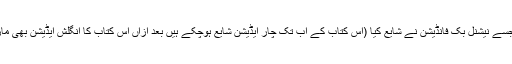
کچھ عرصہ بعد انھی کے کہنے پر میں نے اپنی کتاب ’’میں نے بغداد جلتے دیکھا‘‘ تحریر کی جسے نیشنل بک فانڈیشن نے شایع کیا (اس کتاب کے اب تک چار ایڈیشن شایع ہوچکے ہیں بعد ازاں اس کتاب کا انگلش ایڈیشن بھی مارکیٹ میں آگیا)اس طرح مجھے مصنف بنانے کا سہرا بھی مرحوم مغیث الدین شیخ کے سر ہے۔